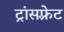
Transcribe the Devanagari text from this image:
ट्रांसफ़्रेट